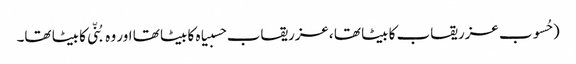
( حُسوب عزریقاب کا بیٹا تھا ،عزریقاب حسبیاہ کا بیٹا تھا اور وہ بُنّی کا بیٹا تھا۔